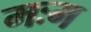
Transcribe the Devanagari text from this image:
मःम